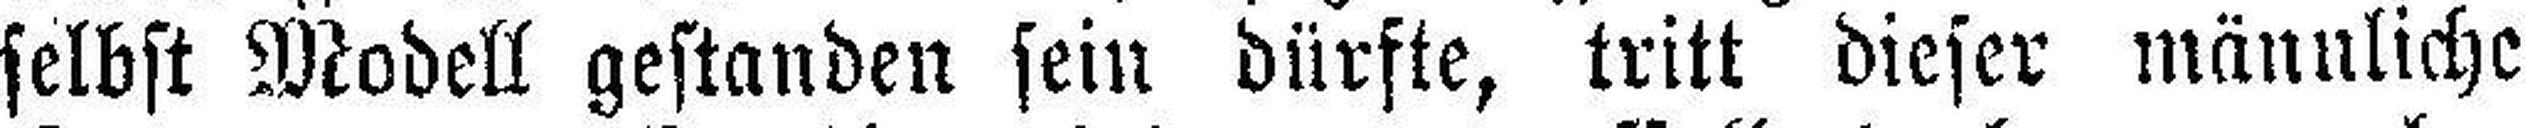
selbst Modell gestanden sein dürfte, tritt dieser männliche